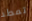
تمطر